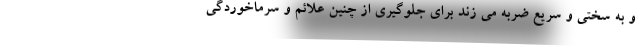
و به سختی و سریع ضربه می زند برای جلوگیری از چنین علائم و سرماخوردگی